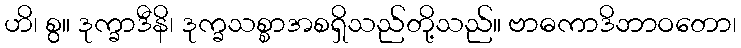
ဟိ၊ စွ။ ဒုက္ခာဒီနိ၊ ဒုက္ခသစ္စာအစရှိသည်တို့သည်။ ဗာဓကာဒိဘာဝတော၊